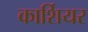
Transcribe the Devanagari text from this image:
कार्शियर